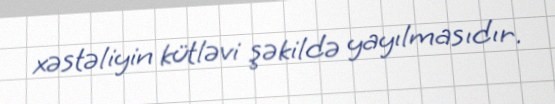
xəstəliyin kütləvi şəkildə yayılmasıdır.